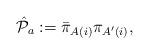
LaTeX: \begin{align*}{\hat {\cal P}}_{a}:={\bar \pi}_{A(i)}{\pi}_{A^\prime (i)},\end{align*}